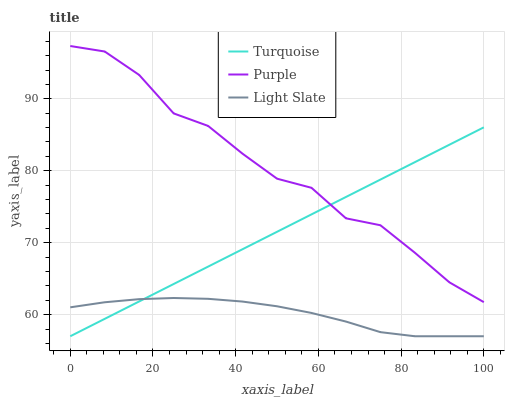
| xaxis_label | Turquoise | Purple | Light Slate |
 | --- | --- | --- | --- |
 | 0 | 57 | 97.3 | 61 |
 | 8.33 | 59.4 | 96.6 | 61.7 |
 | 16.7 | 61.8 | 93.3 | 62.2 |
 | 25 | 64.3 | 88 | 62.3 |
 | 33.3 | 66.7 | 86.2 | 62.2 |
 | 41.7 | 69.1 | 82.4 | 61.8 |
 | 50 | 71.5 | 78.9 | 61.2 |
 | 58.3 | 73.9 | 77.6 | 60.2 |
 | 66.7 | 76.4 | 73.4 | 59 |
 | 75 | 78.8 | 72.4 | 57.6 |
 | 83.3 | 81.2 | 68.6 | 57 |
 | 91.7 | 83.6 | 64.5 | 57 |
 | 100 | 86 | 61.7 | 57 |